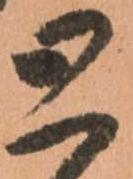
と